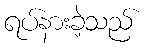
ရပ်နားခဲ့သည်